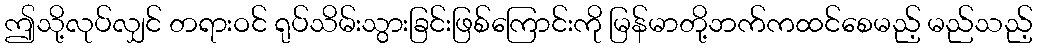
ဤသို့လုပ်လျှင် တရားဝင် ရုပ်သိမ်းသွားခြင်းဖြစ်ကြောင်းကို မြန်မာတို့ဘက်ကထင်စေမည့် မည်သည့်